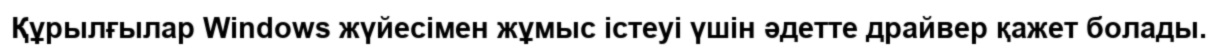
Құрылғылар Windows жүйесімен жұмыс істеуі үшін әдетте драйвер қажет болады.